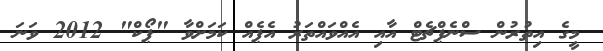
މީގެ އިތުރުން ސްނެޕްޗެޓް އާއި އެއްވައްތަރު އެޕެއް ކަމަށްވާ "ޕޯކް" 2012 ވަނަ